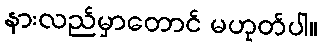
နားလည်မှာတောင် မဟုတ်ပါ။